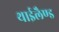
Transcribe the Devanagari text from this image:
थाईलैण्‍ड